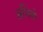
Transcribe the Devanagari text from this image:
अभितो